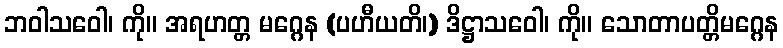
ဘဝါသဝေါ၊ ကို။ အရဟတ္တ မဂ္ဂေန (ပဟီယတိ၊) ဒိဋ္ဌာသဝေါ၊ ကို။ သောတာပတ္တိမဂ္ဂေန